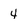
Character: 4